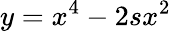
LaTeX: y=x^{4}-2sx^{2}